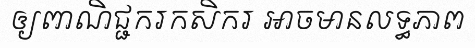
ឲ្យពាណិជ្ជករកសិករ អាចមានលទ្ធភាព